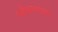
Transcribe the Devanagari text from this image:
ब्लैकग्लामा